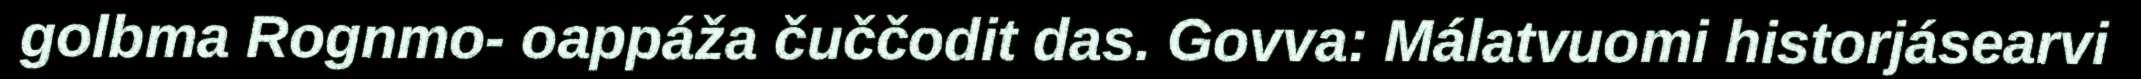
golbma Rognmo- oappáža čuččodit das. Govva: Málatvuomi historjásearvi